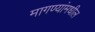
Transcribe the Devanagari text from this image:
मागण्यांमधील